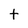
Character: t